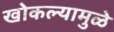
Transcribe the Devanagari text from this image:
खोकल्यामुळे